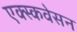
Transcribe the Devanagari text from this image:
एक्स्कवेसन